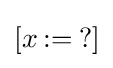
[x\mathbin {:=} {?}]\,\!